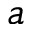
a